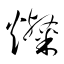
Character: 燦